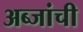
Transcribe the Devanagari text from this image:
अब्जांची